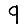
Digit: 9